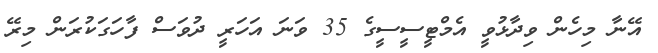
އޭނާ މިހެން ވިދާޅުވީ އެމްޓީސީސީގެ 35 ވަނަ އަހަރީ ދުވަސް ފާހަގަކުރަން މިރޭ